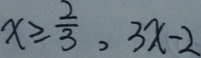
x \geqslant \frac { 2 } { 3 } , 3 x - 2